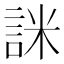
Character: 詸